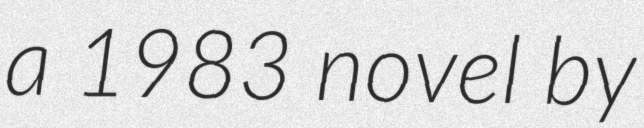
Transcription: a 1983 novel by